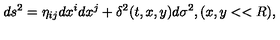
d s ^ { 2 } = \eta _ { i j } d x ^ { i } d x ^ { j } + \delta ^ { 2 } ( t , x , y ) d \sigma ^ { 2 } , ( x , y < < R ) ,